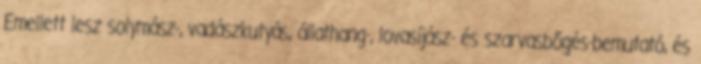
Emellett lesz solymász-, vadászkutyás, állathang-, lovasíjász- és szarvasbőgés-bemutató, és